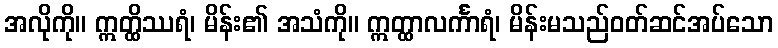
အလိုကို။ ဣတ္ထိဿရံ၊ မိန်း၏ အသံကို။ ဣတ္ထာလင်္ကာရံ၊ မိန်းမသည်ဝတ်ဆင်အပ်သော